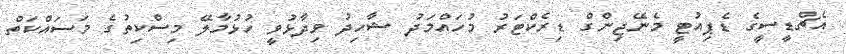
އެޗްޑީސީގެ ޑެޕިއުޓީ މެނޭޖިންގް ޑިރެކްޓަރު މުހައްމަދު ޝާހިދު ވިދާޅުވީ ހުޅުމާލޭ މިސްކިތުގެ މަސައްކަތް